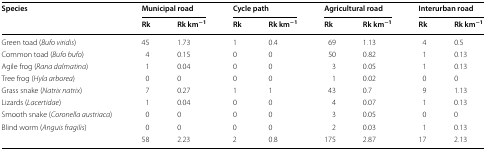
| <ROWSPAN=2> Species | <COLSPAN=2> Municipal road | <COLSPAN=2> Cycle path | <COLSPAN=2> Agricultural road | <COLSPAN=2> Interurban road |
 | Rk | Rk km−1 | Rk | Rk km−1 | Rk | Rk km−1 | Rk | Rk km−1 |
 | --- | --- | --- | --- | --- | --- | --- | --- | --- |
 | Green toad (Bufo viridis) | 45 | 1.73 | 1 | 0.4 | 69 | 1.13 | 4 | 0.5 |
 | Common toad (Bufo bufo) | 4 | 0.15 | 0 | 0 | 50 | 0.82 | 1 | 0.13 |
 | Agile frog (Rana dalmatina) | 1 | 0.04 | 0 | 0 | 3 | 0.05 | 1 | 0.13 |
 | Tree frog (Hyla arborea) | 0 | 0 | 0 | 0 | 1 | 0.02 | 0 | 0 |
 | Grass snake (Natrix natrix) | 7 | 0.27 | 1 | 1 | 43 | 0.7 | 9 | 1.13 |
 | Lizards (Lacertidae) | 1 | 0.04 | 0 | 0 | 4 | 0.07 | 1 | 0.13 |
 | Smooth snake (Coronella austriaca) | 0 | 0 | 0 | 0 | 3 | 0.05 | 0 | 0 |
 | Blind worm (Anguis fragilis) | 0 | 0 | 0 | 0 | 2 | 0.03 | 1 | 0.13 |
 |  | 58 | 2.23 | 2 | 0.8 | 175 | 2.87 | 17 | 2.13 |